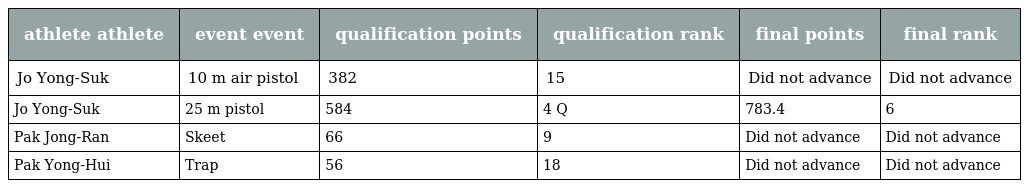
| athlete athlete | event event | qualification points | qualification rank | final points | final rank |
 | --- | --- | --- | --- | --- | --- |
 | Jo Yong-Suk | 10 m air pistol | 382 | 15 | Did not advance | Did not advance |
 | Jo Yong-Suk | 25 m pistol | 584 | 4 Q | 783.4 | 6 |
 | Pak Jong-Ran | Skeet | 66 | 9 | Did not advance | Did not advance |
 | Pak Yong-Hui | Trap | 56 | 18 | Did not advance | Did not advance |